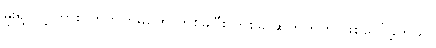
မိုးရွာလို့ ကားပွတ်တိုက်မှုတွေ တစ်ခုပြီး တစ်ခု ဆက်တိုက် ဖြစ်ပေါ်ခဲ့တယ်။